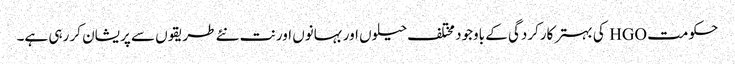
حکومت HGO کی بہتر کارکردگی کے باوجود مختلف حیلوں اور بہانوں اور نت نئے طریقوں سے پریشان کر رہی ہے۔